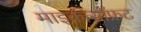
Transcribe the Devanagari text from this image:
माइक्रोसॉफ्रट